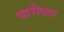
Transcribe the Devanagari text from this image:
धारीधार